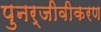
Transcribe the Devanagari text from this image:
पुनर्जीवीकरण